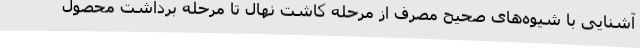
آشنایی با شیوه‌های صحیح مصرف از مرحله کاشت نهال تا مرحله برداشت محصول